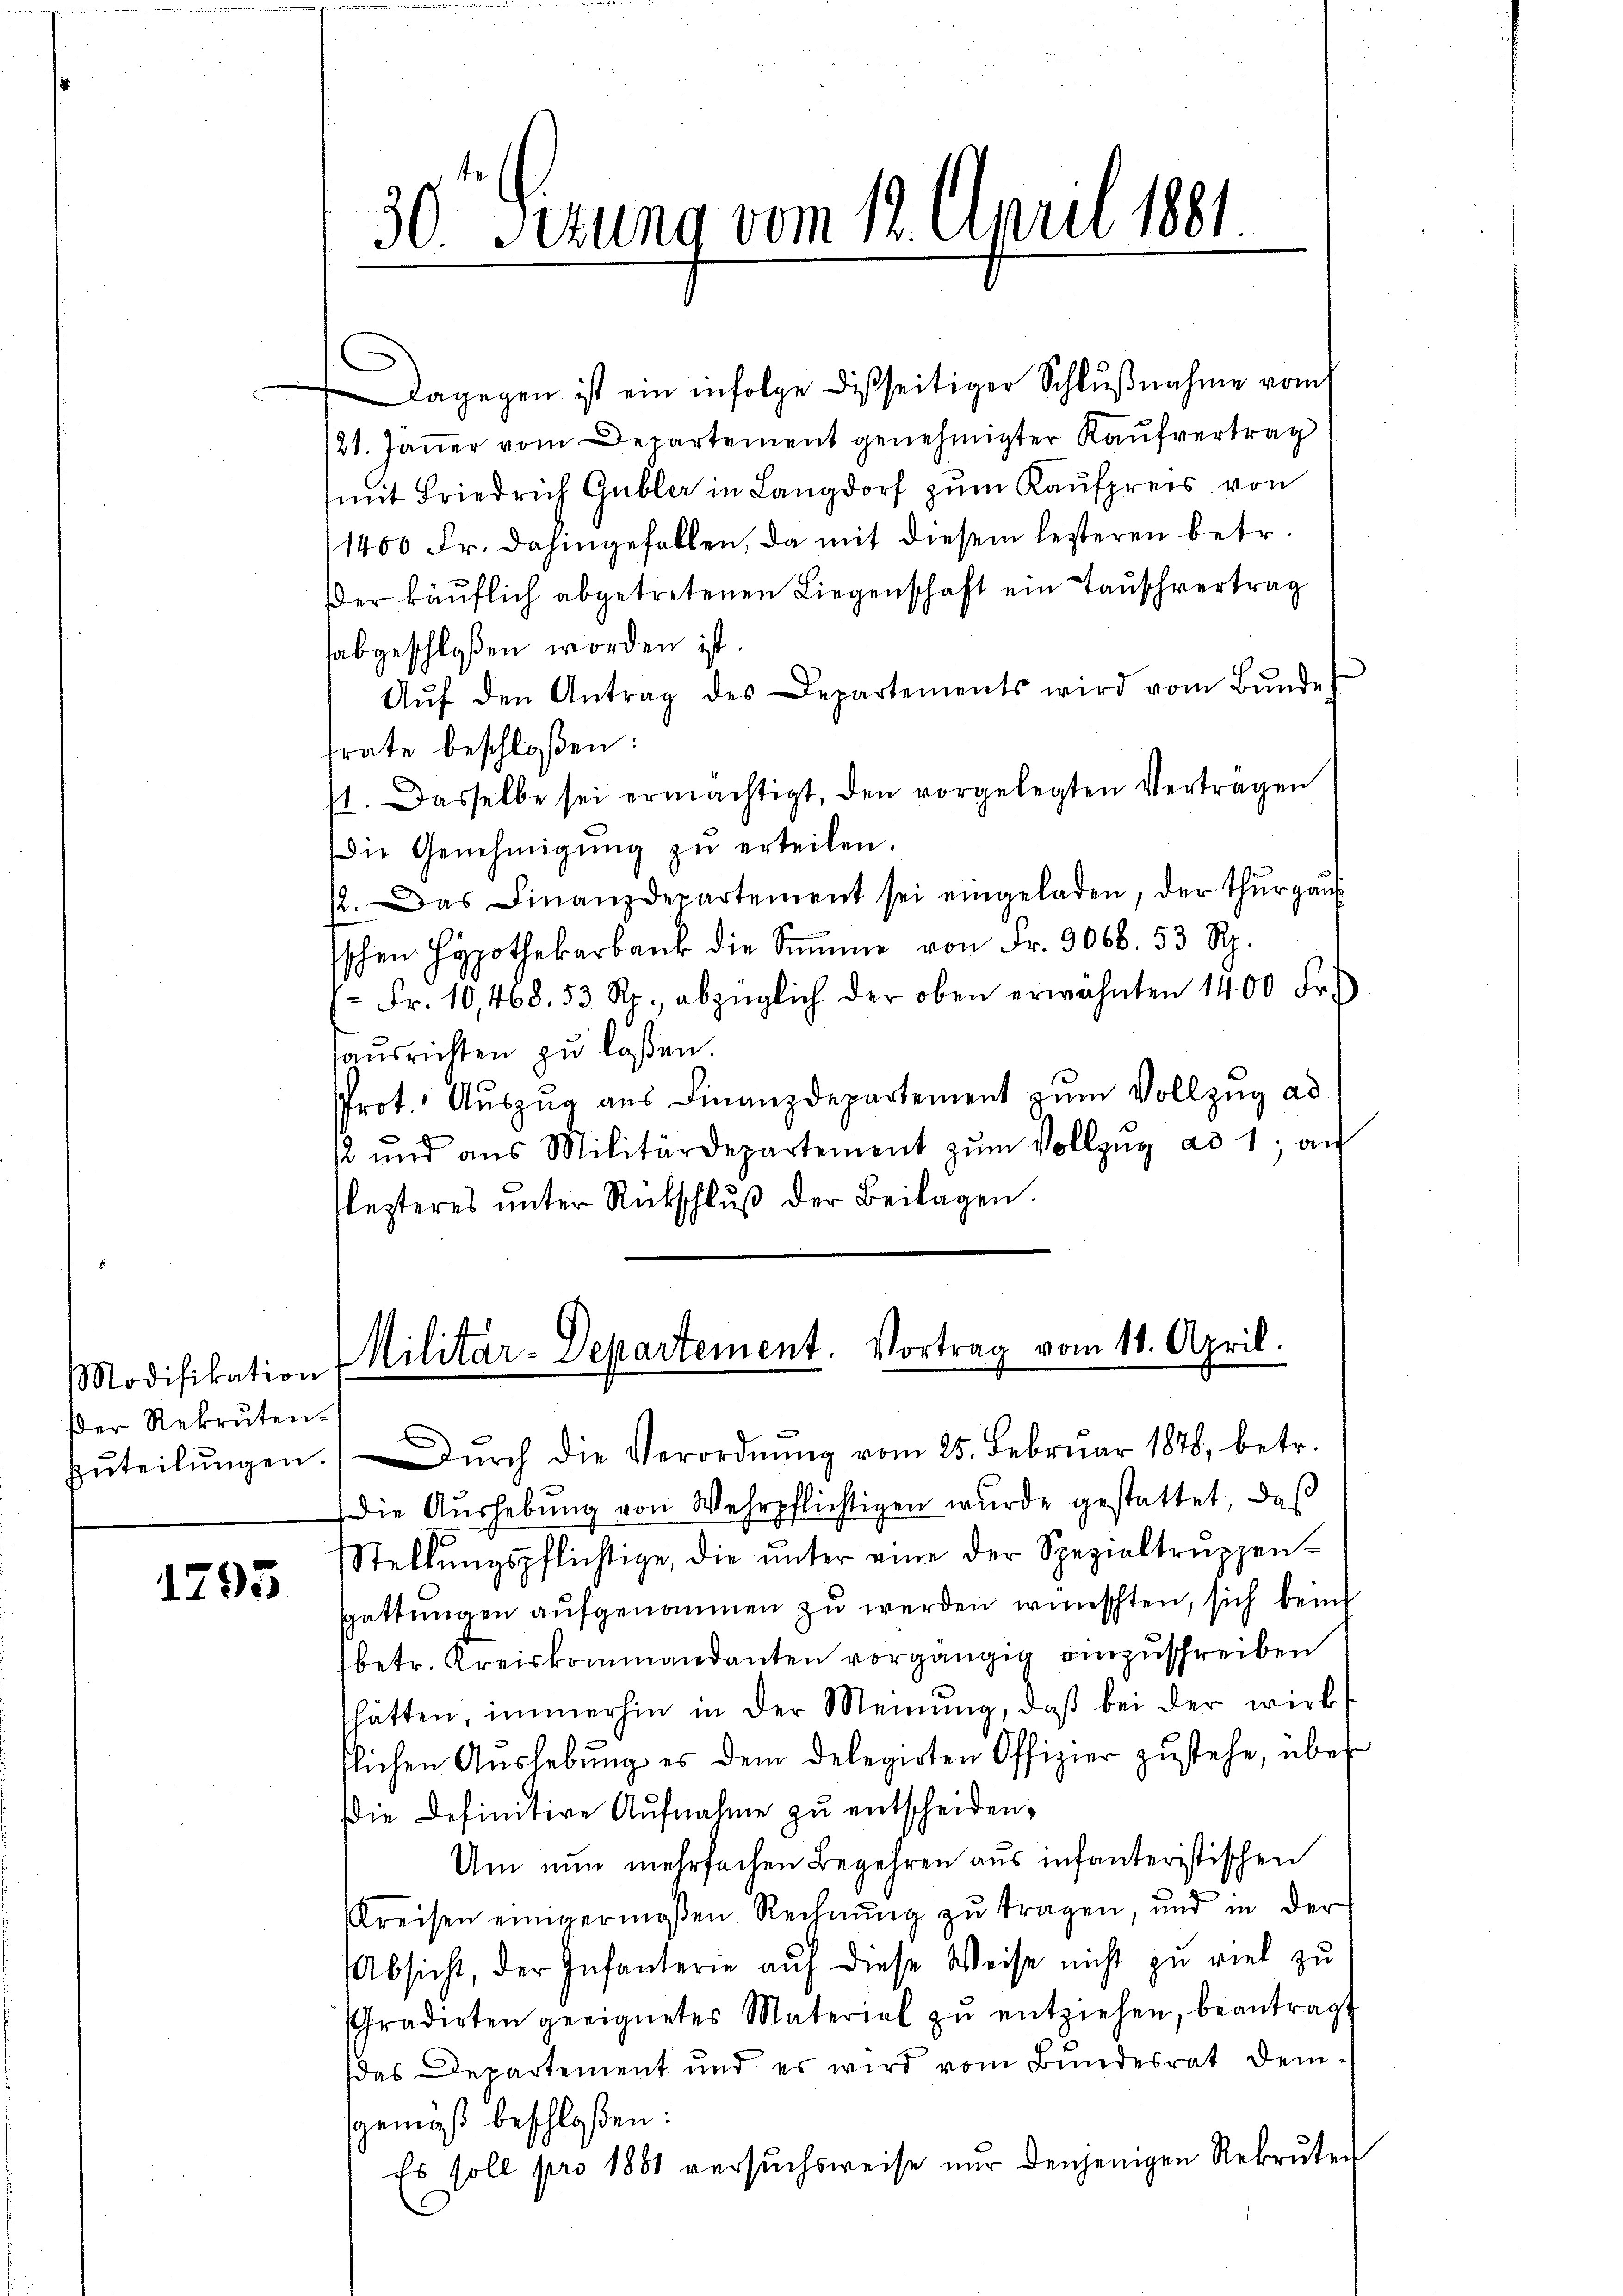
Modifikation
Der Rekruten.

1795

Dagegen ist ein infolge dießseitiger Schlußnahme vom
/21. Jänner vom Departement genehmigter Kaufvertrag
(mit Friedrich Gubler in Langdorf zum Kaufpreis von
1400 Fr. dahingefallen, da mit diesem lezteren betr.
er käŭflich abgetretenen Liegenschaft ein Tauschvertrag
abgeschloßen worden ist.
Aŭf den Antrag des Departements wird vom Bŭnde
srate beschloßen:
1. Dasselbe sei ermächtigt, den vorgelegten Vertragen
Die Genehmigŭng zŭ erteilen.
p. Das Finanzdepartement sei eingeladen, der Thŭrgaŭs
sschen Hypothekarbank die Summe von Fr. 3068. 53 Rp.
 Fr. 10,468. 53 Rp., abzüglich der oben erwähnten 1400 Fr.
ausrichten zu laßen.
Prot. Auszug aus Finanzdepartement zum Vollzug ad
12 und aus Militärdepartement zŭm Vollzŭg ad 1, an
lezteres ŭnter Rückschlŭβ der Beilagen.

¬

30 sezung vom 12. April 1881

Militar-Departement. Vortrag vom 11. April.

zŭteilŭngen. Dŭrch die Verordnŭng vom 25. Febrŭar 1878, betr.
Die Aŭshebŭng von Wehrpflichtigen wurde gestattet, das
Stellŭngspflichtige, die ŭnter eine der Spezialtrŭppen-
gattungen aufgenommen zu werden wünschten, sich bein
betr. Kreiskommandanten vorgängig einzuschreiben
hätten, immerhin in der Meinung, daß bei der wirks
flichen Aŭslebŭng es dem Delegirten Offizier zŭstehe, über-
Die Definitive Aufnahme zu entscheiden,
Um nun mehrfachen Begehren aus infanteristischen
Preisen einigermaßen Rechnung zu tragen, und in der
Absicht, der Infanterie aŭf diese Weise nicht zu viel zu
Gradirten geeignetes Material zŭ entziehen, beantragt
das Departement und es wird vom Bundesrat dem-
gemäß beschloßen:
Es soll pro 1881 versuchsweise nur denjenigen Rekruten